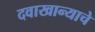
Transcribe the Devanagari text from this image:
दवाखान्याचे